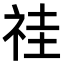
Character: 𥙞